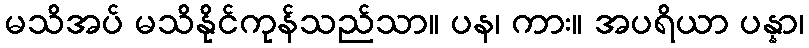
မသိအပ် မသိနိုင်ကုန်သည်သာ။ ပန၊ ကား။ အပရိယာ ပန္နာ၊